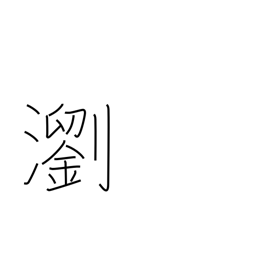
Meaning: clear